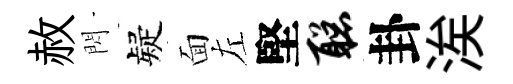
赦閃疑面左堅聪卦涘